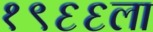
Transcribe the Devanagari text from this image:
१९६६ला